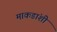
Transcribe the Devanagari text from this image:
माकडांशी